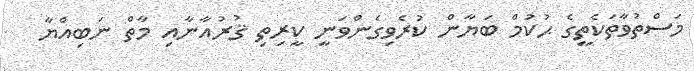
މަސްތުވާތަކެތީގެ ޙުކުމް ބަޔާން ކުރެވިގެންވަނީ ކީރިތި ޤުރުއާނާއި މާތް ނަބިއްޔާ